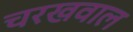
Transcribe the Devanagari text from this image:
चरखवाल